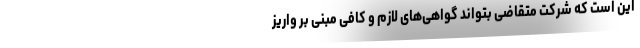
این است که شرکت متقاضی بتواند گواهی‌های لازم و کافی مبنی بر واریز